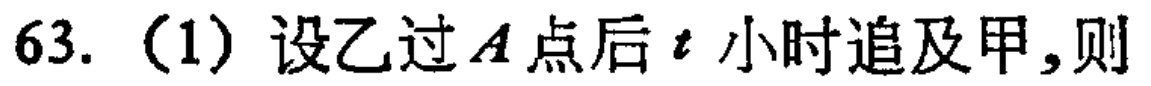
63.（1）设乙过\(A\)点后\(t\)小时追及甲，则